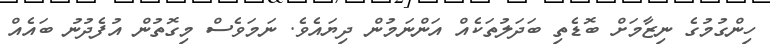
ހިންގުމުގެ ނިޒާމަށް ބޮޑެތި ބަދަލުތަކެއް އަންނަމުން ދިޔައެވެ. ނަމަވެސް މިގޮތުން އުފެދުނު ބައެއް